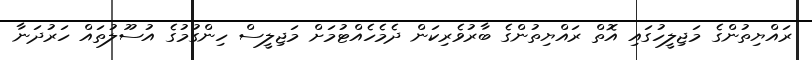
ރައްޔިތުންގެ މަޖިލީހުގައި އޮތް ރައްޔިތުންގެ ބާރުވެރިކަން ދެމެހެއްޓުމަށް މަޖިލީސް ހިންގުމުގެ އުސޫލުތައް ހަރުދަނާ